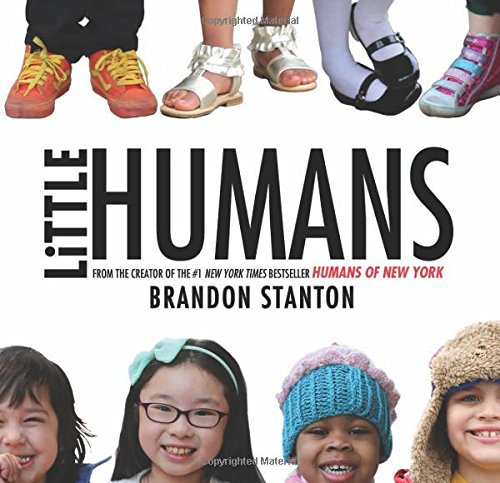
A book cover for Little Humans; Brandon Stanton; Children's Books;